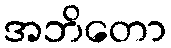
အဘိတော